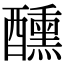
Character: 醺